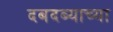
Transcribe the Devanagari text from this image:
दबदब्याच्या